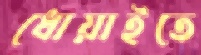
ধোয়াইতে